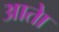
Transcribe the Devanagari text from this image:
आताे